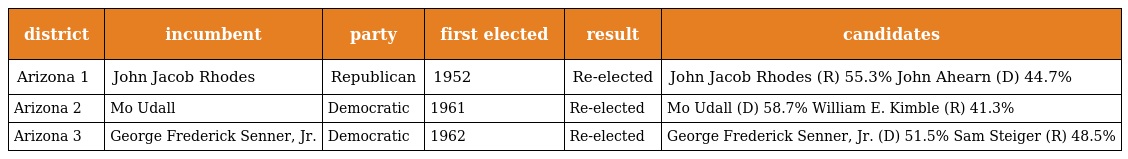
| district | incumbent | party | first elected | result | candidates |
 | --- | --- | --- | --- | --- | --- |
 | Arizona 1 | John Jacob Rhodes | Republican | 1952 | Re-elected | John Jacob Rhodes (R) 55.3% John Ahearn (D) 44.7% |
 | Arizona 2 | Mo Udall | Democratic | 1961 | Re-elected | Mo Udall (D) 58.7% William E. Kimble (R) 41.3% |
 | Arizona 3 | George Frederick Senner, Jr. | Democratic | 1962 | Re-elected | George Frederick Senner, Jr. (D) 51.5% Sam Steiger (R) 48.5% |